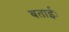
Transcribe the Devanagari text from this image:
बताईः